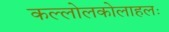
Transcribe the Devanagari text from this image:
कल्लोलकोलाहलः